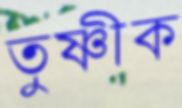
তুষ্ণীক